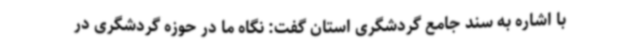
با اشاره به سند جامع گردشگری استان گفت: نگاه ما در حوزه گردشگری در